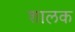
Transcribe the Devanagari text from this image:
शालक